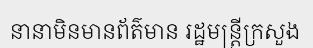
នានាមិនមានព័ត៌មាន រដ្ឋមន្ត្រីក្រសួង